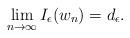
LaTeX: \begin{align*}\lim_{n \to \infty} I_\epsilon(w_n) = d_\epsilon.\end{align*}